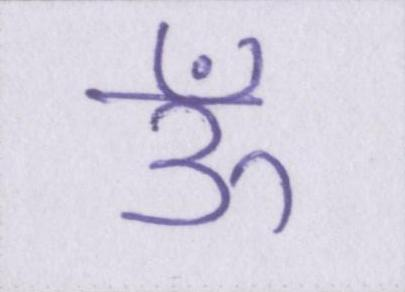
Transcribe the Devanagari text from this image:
ऊँ